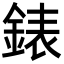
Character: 錶